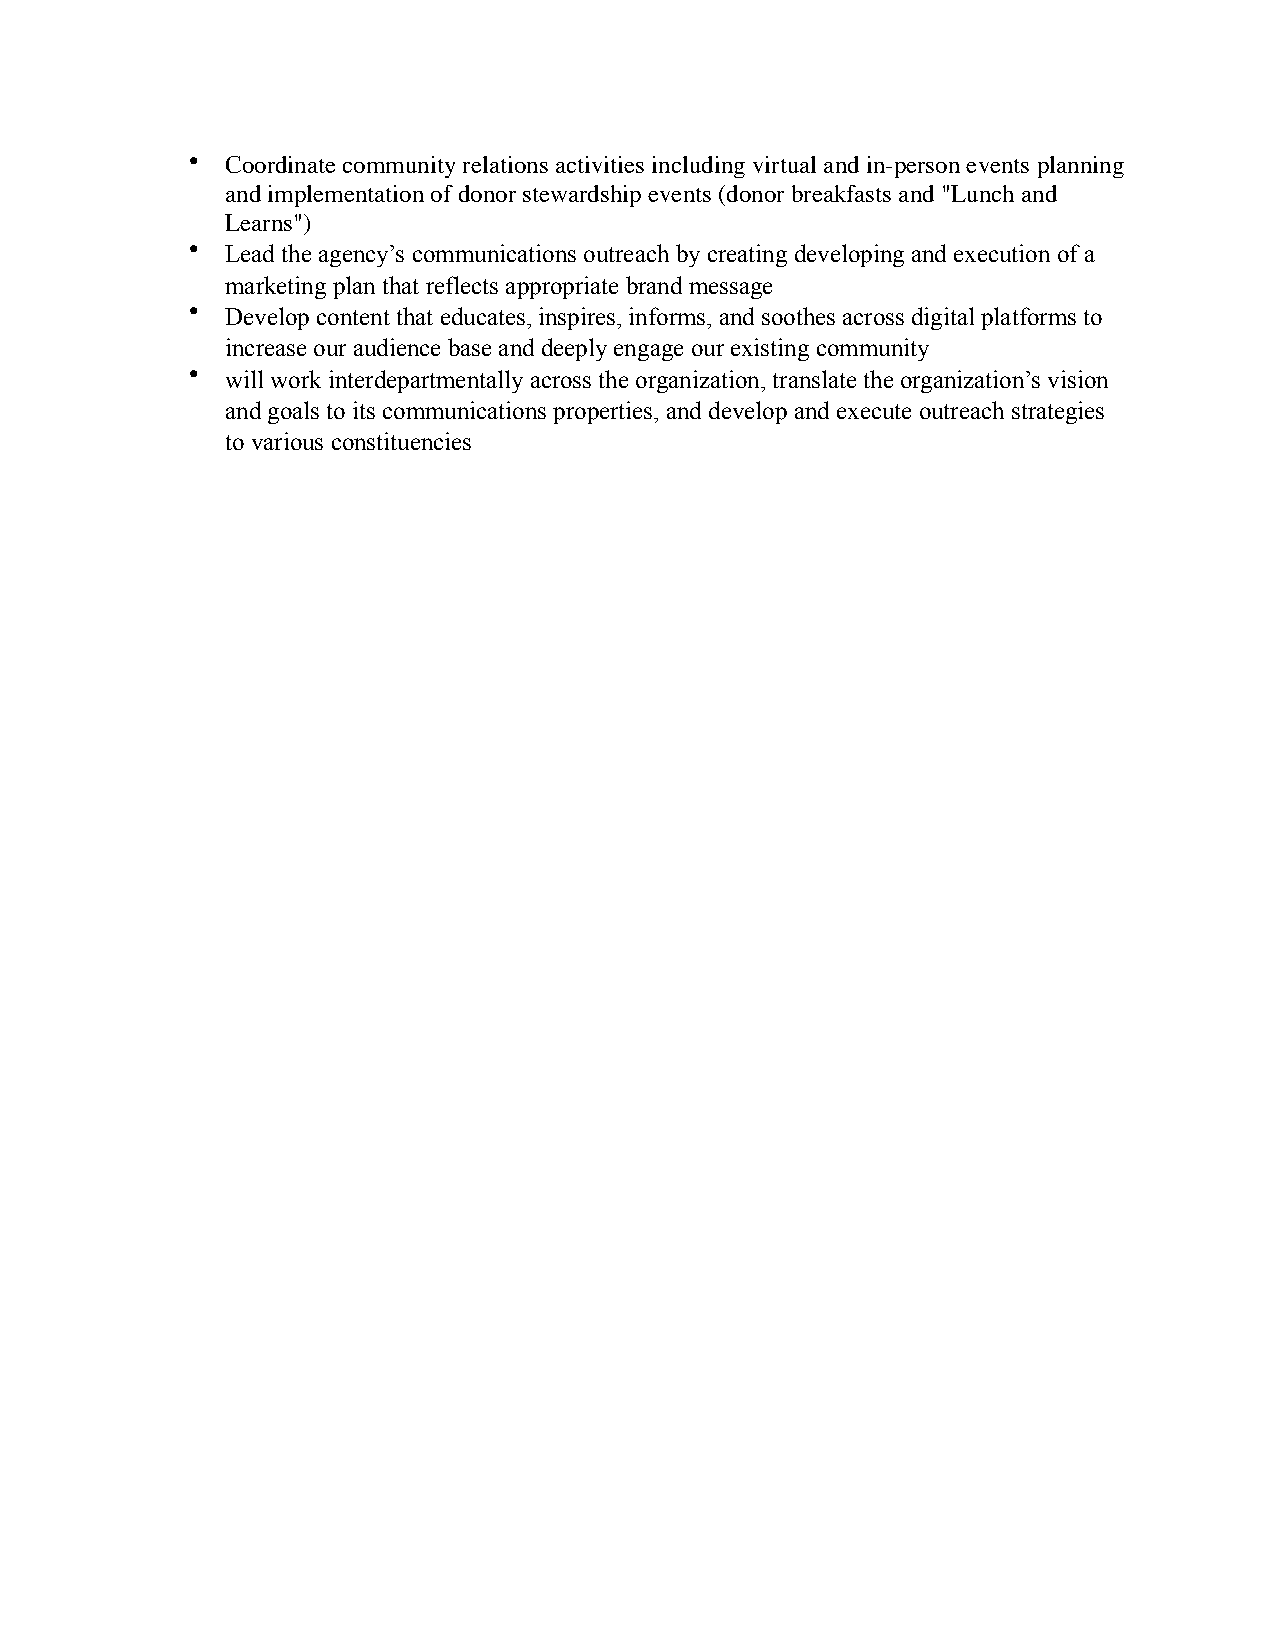
•  Coordinate community relations activities including virtual and in-person events planning
 and implementation of donor stewardship events (donor breakfasts and "Lunch and
 Learns")
 •  Lead the agency’s communications outreach by creating developing and execution of a
 marketing plan that reflects appropriate brand message
 •  Develop content that educates, inspires, informs, and soothes across digital platforms to
 increase our audience base and deeply engage our existing community
 •  will work interdepartmentally across the organization, translate the organization’s vision
 and goals to its communications properties, and develop and execute outreach strategies
 to various constituencies